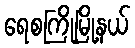
ရေစကြိုမြို့နယ်